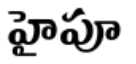
హైపూ